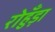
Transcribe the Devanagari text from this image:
रोहुँड़ा